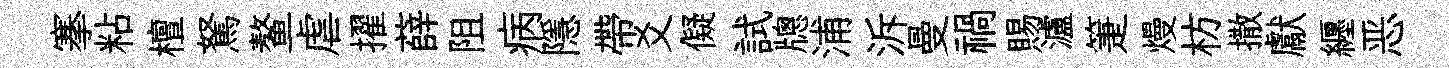
搴粘檀駑鳌虐擢薛阻病隱帶爻儗試牕浦泝曼禍賜瀘箑熳枋撒獻纒恶